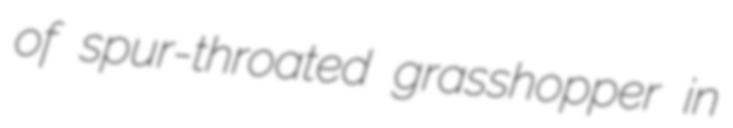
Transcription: of spur-throated grasshopper in